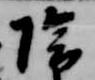
陰